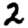
Digit: 2